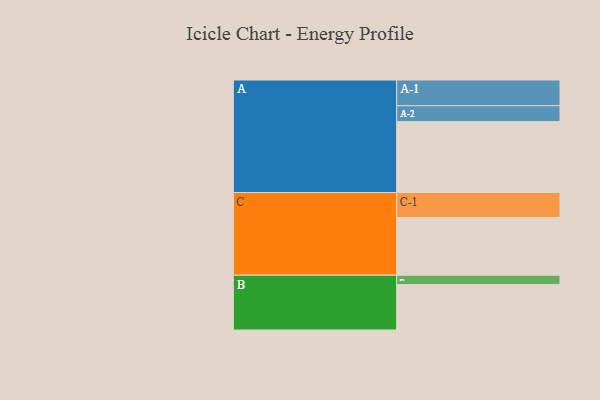
{"axis": {"x": "Segment", "y": "Value"}, "legend": ["", "A", "B", "C"], "data": [{"x": "A", "y": 598, "type": ""}, {"x": "B", "y": 383, "type": ""}, {"x": "C", "y": 487, "type": ""}, {"x": "A-1", "y": 217, "type": "A"}, {"x": "A-2", "y": 134, "type": "A"}, {"x": "B-1", "y": 79, "type": "B"}, {"x": "C-1", "y": 210, "type": "C"}]}